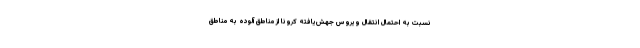
نسبت به احتمال انتقال ویروس جهش‌یافته کرونا از مناطق آلوده به مناطق